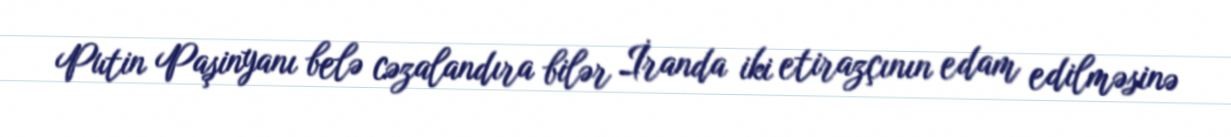
Putin Paşinyanı belə cəzalandıra bilər İranda iki etirazçının edam edilməsinə